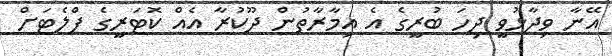
އޭނާ ވިދާޅުވީ ދިހަ ބުރީގެ އެ އިމާރާތުން ދޫކުރާ އެއް ކޮޓަރީގެ ފްލެޓަށް